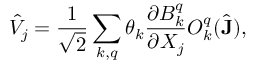
\hat { V } _ { j } = \frac { 1 } { \sqrt { 2 } } \sum _ { k , q } \theta _ { k } \frac { \partial B _ { k } ^ { q } } { \partial X _ { j } } O _ { k } ^ { q } ( \hat { \mathbf { J } } ) ,